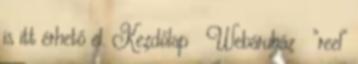
is itt érhető el. Kezdőlap Webáruház “reel”